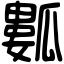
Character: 𤬏